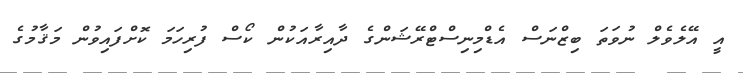
އީ އޭލެވެލް ނުވަތަ ބިޒްނަސް އެޑްމިނިސްޓްރޭޝަންގެ ދާއިރާއަކުން ކޯސް ފުރިހަމަ ކޮށްފައިވުން މަޤާމުގެ